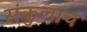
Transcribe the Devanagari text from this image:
संकुलाचं